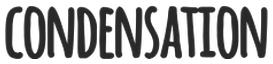
CONDENSATION